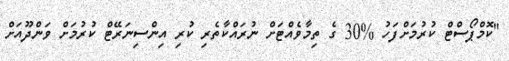
"ކޮމްޕޯސްޓް ކުރުމަށްފަހު %30 ގެ ތިމާވެއްޓަށް ނުރައްކާތެރި ކުރި އިންސިނަރޭޓް ކުރުމަށް ވަންދޫއަށް